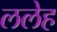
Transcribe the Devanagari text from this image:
ललेह